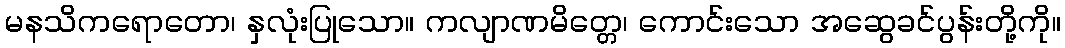
မနသိကရောတော၊ နှလုံးပြုသော။ ကလျာဏမိတ္တေ၊ ကောင်းသော အဆွေခင်ပွန်းတို့ကို။